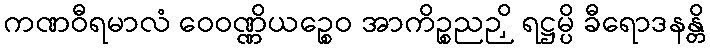
ကဏဝီရမာလံ ဝေဝဏ္ဏိယဉ္စေဝ အာကိဉ္စညဉှိ ရဋ္ဌမ္ပိ ခီရောဒနန္တိ